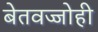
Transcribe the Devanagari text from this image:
बेतवज्जोही